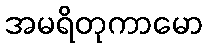
အမရိတုကာမော